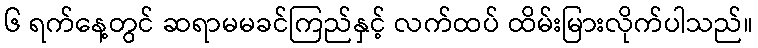
၆ ရက်နေ့တွင် ဆရာမမခင်ကြည်နှင့် လက်ထပ် ထိမ်းမြားလိုက်ပါသည်။